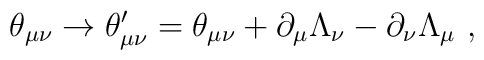
\theta_{\mu\nu}\rightarrow \theta_{\mu\nu}^\prime = \theta_{\mu\nu} + \partial_\mu\Lambda_\nu -\partial_\nu\Lambda_\mu ~,